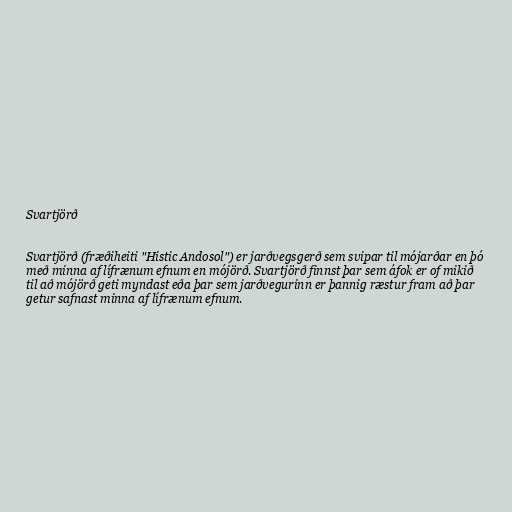
Svartjörð

Svartjörð (fræðiheiti "Histic Andosol") er jarðvegsgerð sem svipar til mójarðar en þó
með minna af lífrænum efnum en mójörð. Svartjörð finnst þar sem áfok er of mikið
til að mójörð geti myndast eða þar sem jarðvegurinn er þannig ræstur fram að þar
getur safnast minna af lífrænum efnum.